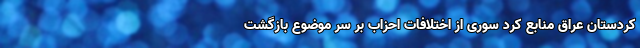
کردستان عراق منابع کرد سوری از اختلافات احزاب بر سر موضوع بازگشت